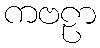
ကဗဠာ